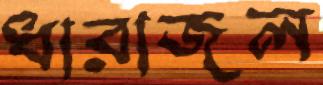
ধারাজল